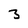
Character: 3